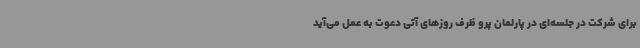
برای شرکت در جلسه‌ای در پارلمان پرو ظرف روزهای آتی دعوت به عمل می‌آید